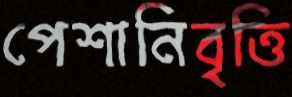
পেশানিবৃত্তি